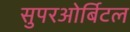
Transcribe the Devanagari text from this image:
सुपरओर्बिटल